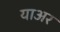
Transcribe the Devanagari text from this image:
याअर